Indian journal of veterinary science and animal husbandry - Volumes 18-21, 1948-1951
Year: 1948
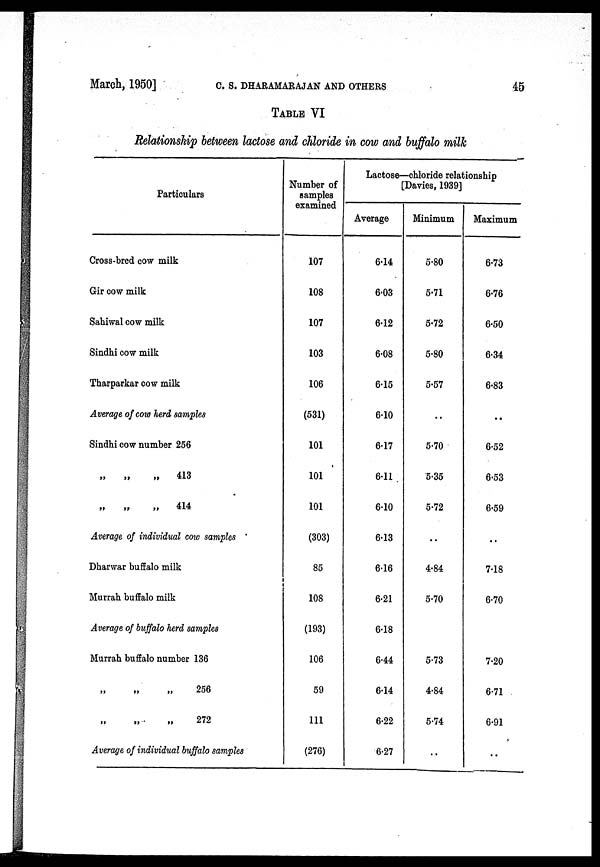
March, 1950]
C.
S.
DHARAMARAJAN
AND
OTHERS
45
TABLE VI
Relationship between lactose and chloride in cow and buffalo milk
Particulars
Cross-bred cow milk
Gir cow milk
Sahiwal cow milk
Sindhi cow milk
Tharparkar cow milk
Average of cow herd samples
Sindhi cow number 256
„
„
„
413
„
„
„
414
Average of individual cow samples
Dharwar buffalo milk
Murrah buffalo milk
Average of buffalo herd samples
Murrah buffalo number 136
„
„
„
256
„
„
„
272
Average of individual buffalo samples
Number of
samples
examined
107
108
107
103
106
(531)
101
101
101
(303)
85
108
(193)
106
59
111
(276)
Lactose—chloride relationship
[Davies, 1939]
Average
6.14
6.03
6.12
6.08
6.15
6.10
6.17
6.11
6.10
6.13
6.16
6.21
6.18
6.44
6.14
6.22
6.27
Minimum
5.80
5.71
5.72
5.80
5.57
..
5.70
5.35
5.72
..
4.84
5.70
5.73
4.84
5.74
..
Maximum
6.73
6.76
6.50
6.34
6.83
..
6.52
6.53
6.59
..
7.18
6.70
7.20
6.71
6.91
..